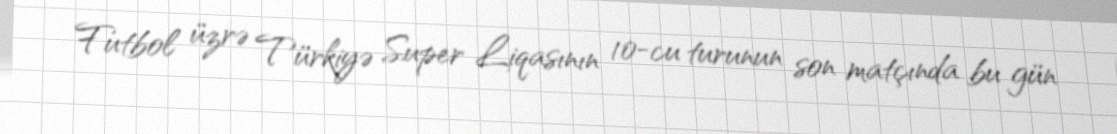
Futbol üzrə Türkiyə Super Liqasının 10-cu turunun son matçında bu gün